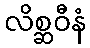
လိစ္ဆဝီနံ